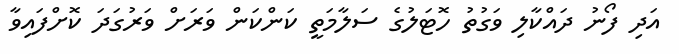
އަދި ފޯނު ދައްކާލި ވަގުތު ހޮޓަލުގެ ސަލާމަތީ ކަންކަން ވަރަށް ވަރުގަދަ ކޮށްފައިވާ